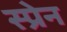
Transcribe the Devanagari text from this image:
स्प्रेन